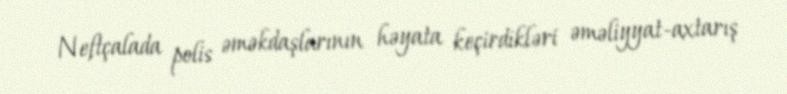
Neftçalada polis əməkdaşlarının həyata keçirdikləri əməliyyat-axtarış